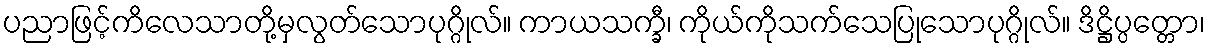
ပညာဖြင့်ကိလေသာတို့မှလွတ်သောပုဂ္ဂိုလ်။ ကာယသက္ခီ၊ ကိုယ်ကိုသက်သေပြုသောပုဂ္ဂိုလ်။ ဒိဋ္ဌိပ္ပတ္တော၊